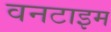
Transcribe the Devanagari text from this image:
वनटाइम